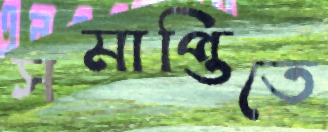
সমাপ্তিতে